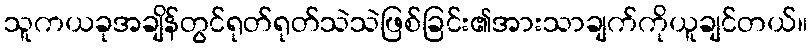
သူကယခုအချိန်တွင်ရုတ်ရုတ်သဲသဲဖြစ်ခြင်း၏အားသာချက်ကိုယူချင်တယ်။